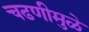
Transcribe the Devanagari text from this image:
चढणीमुळे